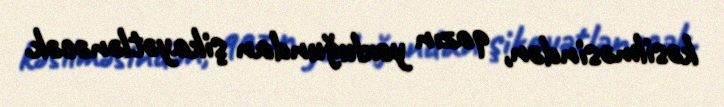
kəsilməsindən, qazın yoxluğundan şikayətlənəcək.